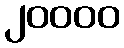
၂၀၀၀၀